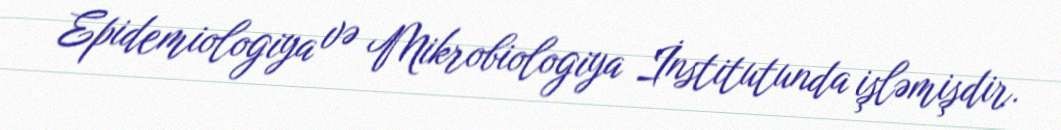
Epidemiologiya və Mikrobiologiya İnstitutunda işləmişdir.